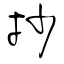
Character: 抄